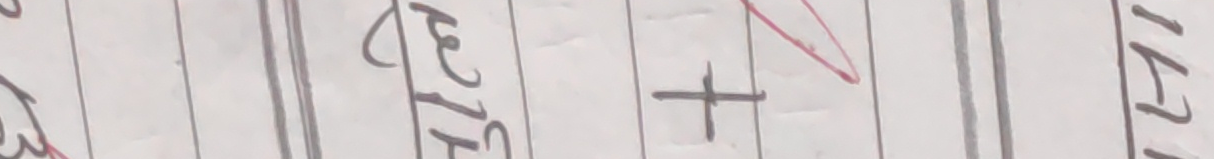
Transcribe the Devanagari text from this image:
ऐन